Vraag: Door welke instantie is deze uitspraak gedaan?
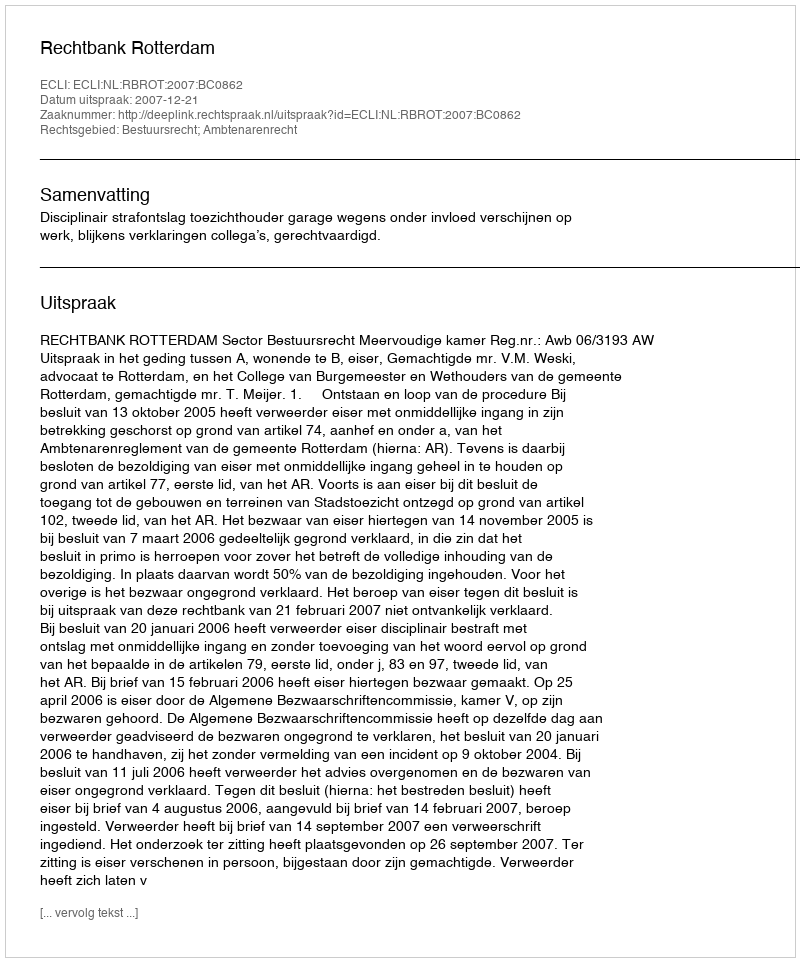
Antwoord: Rechtbank Rotterdam